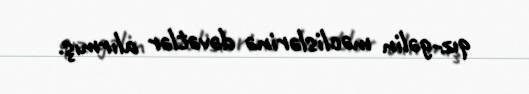
qız-gəlin məclislərinə dəvətlər alırmış.